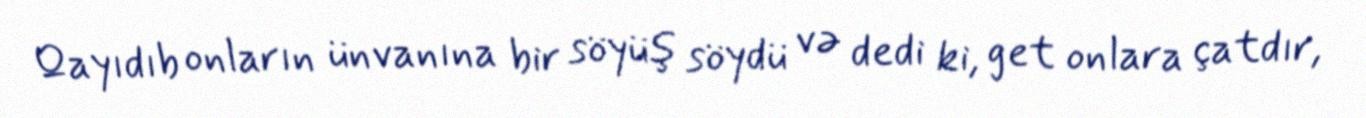
Qayıdıb onların ünvanına bir söyüş söydü və dedi ki, get onlara çatdır,